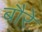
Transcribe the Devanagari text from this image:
बौरे